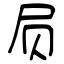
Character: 屃